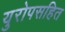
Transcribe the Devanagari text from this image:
युरोपसहित